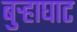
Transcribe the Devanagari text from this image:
बुऱ्हाघाट